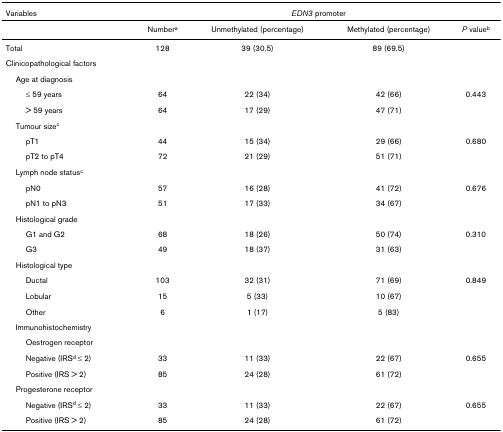
<table><thead><tr><td><b>Variables</b></td><td colspan="4"><b><i>EDN3 </i>promoter</b></td></tr></thead><tbody><tr><td></td><td>Number<sup>a</sup></td><td>Unmethylated (percentage)</td><td>Methylated (percentage)</td><td><i>P </i>value<sup>b</sup></td></tr><tr><td>Total</td><td>128</td><td>39 (30.5)</td><td>89 (69.5)</td><td></td></tr><tr><td>Clinicopathological factors</td><td></td><td></td><td></td><td></td></tr><tr><td> Age at diagnosis</td><td></td><td></td><td></td><td></td></tr><tr><td>≤ 59 years</td><td>64</td><td>22 (34)</td><td>42 (66)</td><td>0.443</td></tr><tr><td>&gt; 59 years</td><td>64</td><td>17 (29)</td><td>47 (71)</td><td></td></tr><tr><td> Tumour size<sup>c</sup></td><td></td><td></td><td></td><td></td></tr><tr><td>pT1</td><td>44</td><td>15 (34)</td><td>29 (66)</td><td>0.680</td></tr><tr><td>pT2 to pT4</td><td>72</td><td>21 (29)</td><td>51 (71)</td><td></td></tr><tr><td> Lymph node status<sup>c</sup></td><td></td><td></td><td></td><td></td></tr><tr><td>pN0</td><td>57</td><td>16 (28)</td><td>41 (72)</td><td>0.676</td></tr><tr><td>pN1 to pN3</td><td>51</td><td>17 (33)</td><td>34 (67)</td><td></td></tr><tr><td> Histological grade</td><td></td><td></td><td></td><td></td></tr><tr><td>G1 and G2</td><td>68</td><td>18 (26)</td><td>50 (74)</td><td>0.310</td></tr><tr><td>G3</td><td>49</td><td>18 (37)</td><td>31 (63)</td><td></td></tr><tr><td> Histological type</td><td></td><td></td><td></td><td></td></tr><tr><td>Ductal</td><td>103</td><td>32 (31)</td><td>71 (69)</td><td>0.849</td></tr><tr><td>Lobular</td><td>15</td><td>5 (33)</td><td>10 (67)</td><td></td></tr><tr><td>Other</td><td>6</td><td>1 (17)</td><td>5 (83)</td><td></td></tr><tr><td> Immunohistochemistry</td><td></td><td></td><td></td><td></td></tr><tr><td>Oestrogen receptor</td><td></td><td></td><td></td><td></td></tr><tr><td>Negative (IRS<sup>d </sup>≤ 2)</td><td>33</td><td>11 (33)</td><td>22 (67)</td><td>0.655</td></tr><tr><td>Positive (IRS &gt; 2)</td><td>85</td><td>24 (28)</td><td>61 (72)</td><td></td></tr><tr><td> Progesterone receptor</td><td></td><td></td><td></td><td></td></tr><tr><td>Negative (IRS<sup>d </sup>≤ 2)</td><td>33</td><td>11 (33)</td><td>22 (67)</td><td>0.655</td></tr><tr><td>Positive (IRS &gt; 2)</td><td>85</td><td>24 (28)</td><td>61 (72)</td><td></td></tr></tbody></table>